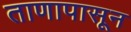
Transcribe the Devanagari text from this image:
ताणापासून